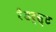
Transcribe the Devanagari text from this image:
रैंडर्स्ट